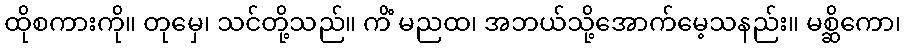
ထိုစကားကို။ တုမှေ၊ သင်တို့သည်။ ကိံ မညထ၊ အဘယ်သို့အောက်မေ့သနည်း။ မစ္ဆိကော၊